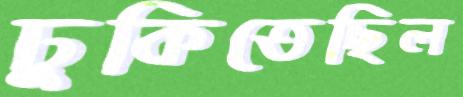
ঢুকিতেছিল